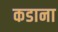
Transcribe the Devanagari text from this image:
कडाना